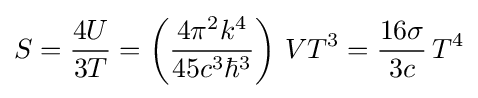
S={\frac {4U}{3T}}=\left({\frac {4\pi ^{2}k^{4}}{45c^{3}\hbar ^{3}}}\right)\,VT^{3}={\frac {16\sigma }{3c}}\,T^{4}